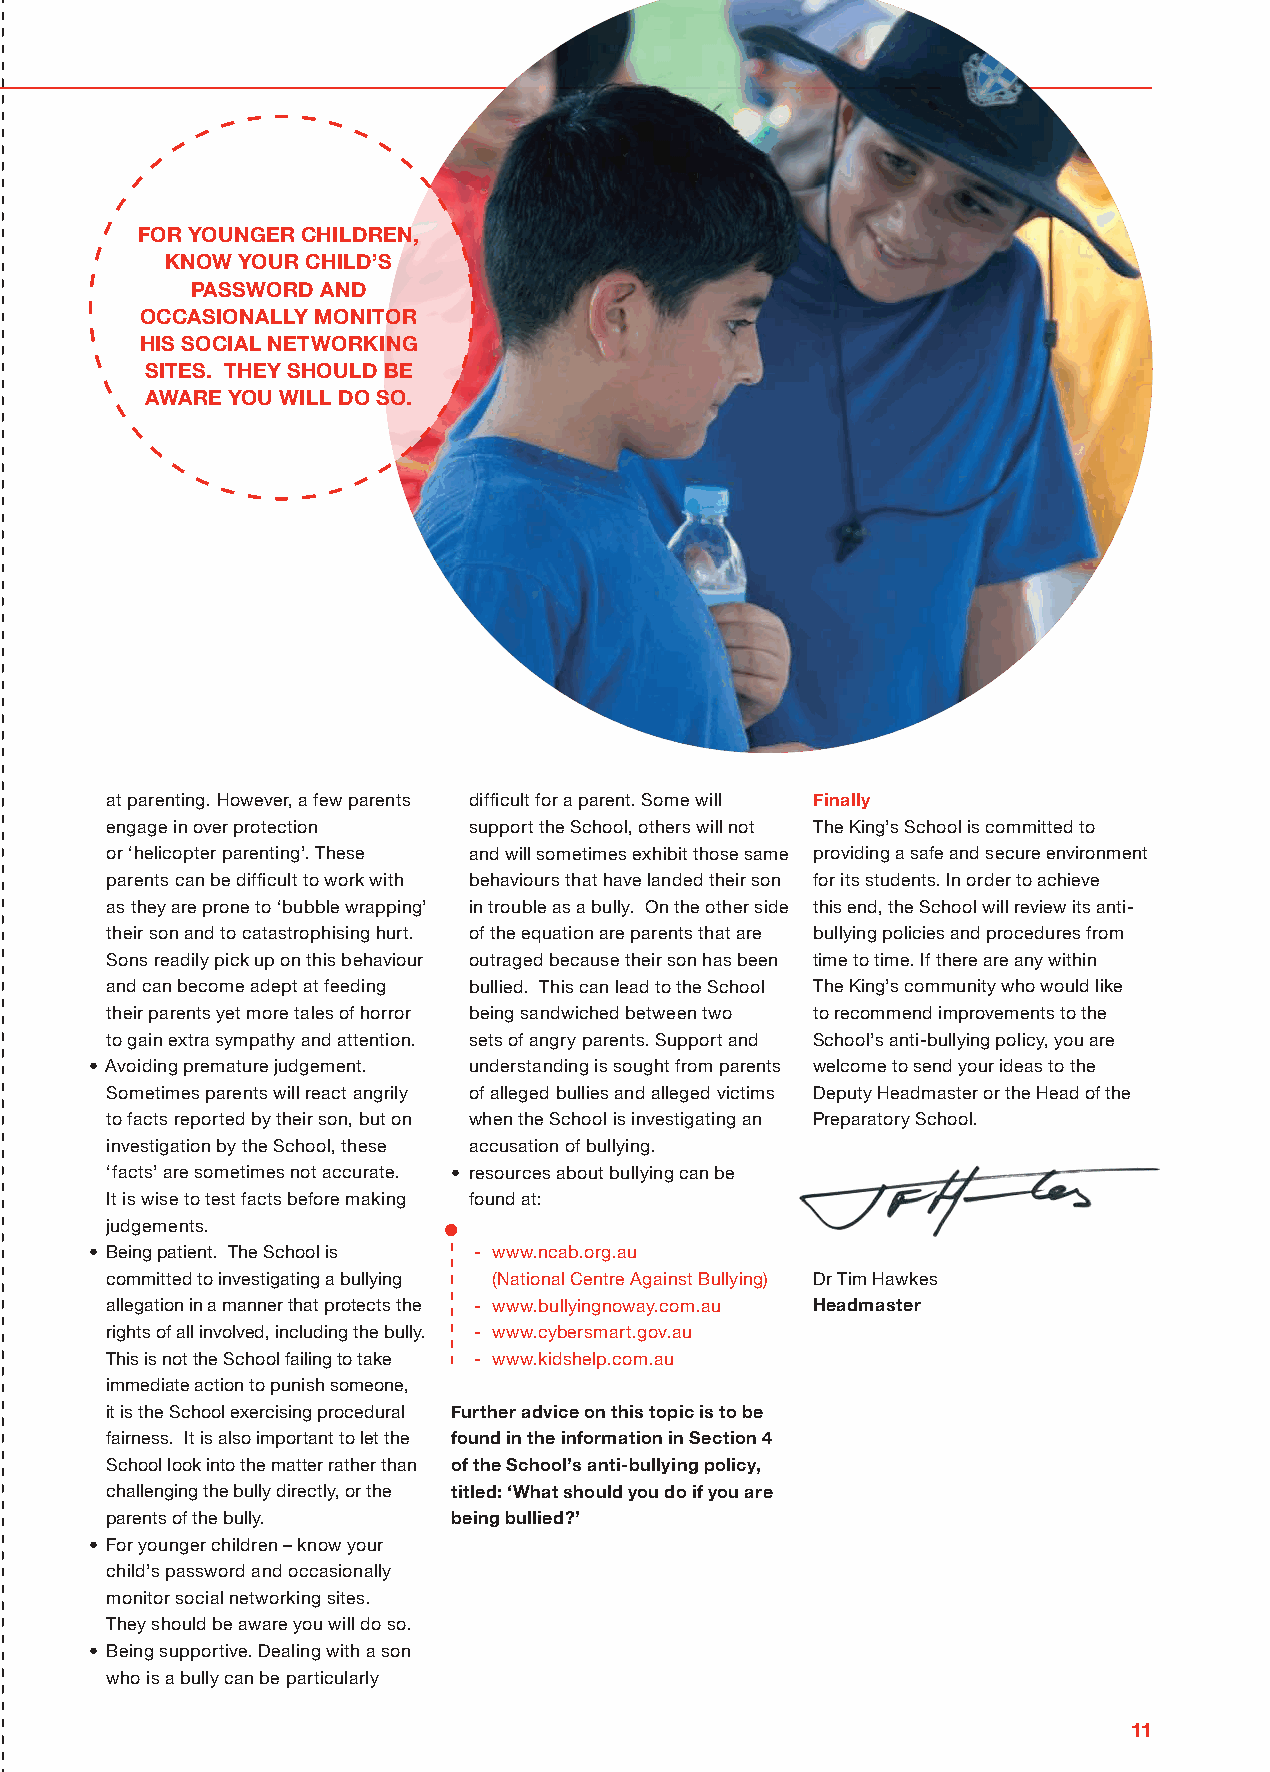
05
 for younGEr CHIlDrEn,
 KnoW your CHIlD’S
 PASSWorD AnD
 oCCASIonAlly monITor
 HIS SoCIAl nETWorKInG
 SITES. THEy SHoulD BE
 AWArE you WIll Do So.
 at parenting. However, a few parents difficult for a parent. Some will finally
 engage in over protection support the School, others will not The King’s School is committed to
 or ‘helicopter parenting’. These and will sometimes exhibit those same providing a safe and secure environment
 parents can be difficult to work with behaviours that have landed their son for its students. In order to achieve
 as they are prone to ‘bubble wrapping’ in trouble as a bully. On the other side this end, the School will review its anti-
 their son and to catastrophising hurt. of the equation are parents that are bullying policies and procedures from
 Sons readily pick up on this behaviour outraged because their son has been time to time. If there are any within
 and can become adept at feeding bullied. This can lead to the School The King’s community who would like
 their parents yet more tales of horror being sandwiched between two to recommend improvements to the
 to gain extra sympathy and attention. sets of angry parents. Support and School’s anti-bullying policy, you are
 • Avoiding premature judgement. understanding is sought from parents welcome to send your ideas to the
 Sometimes parents will react angrily of alleged bullies and alleged victims Deputy Headmaster or the Head of the
 to facts reported by their son, but on when the School is investigating an Preparatory School.
 investigation by the School, these accusation of bullying.
 ‘facts’ are sometimes not accurate. • resources about bullying can be
 It is wise to test facts before making found at:
 judgements.           •
 • Being patient. The School is - www.ncab.org.au
 committed to investigating a bullying (National Centre Against Bullying) Dr Tim Hawkes
 allegation in a manner that protects the - www.bullyingnoway.com.au Headmaster
 rights of all involved, including the bully. - www.cybersmart.gov.au
 This is not the School failing to take - www.kidshelp.com.au
 immediate action to punish someone,
 it is the School exercising procedural further advice on this topic is to be
 fairness. It is also important to let the found in the information in Section 4
 School look into the matter rather than of the School’s anti-bullying policy,
 challenging the bully directly, or the titled: ‘What should you do if you are
 parents of the bully.  being bullied?’
 • For younger children – know your
 child’s password and occasionally
 monitor social networking sites.
 They should be aware you will do so.
 • Being supportive. Dealing with a son
 who is a bully can be particularly
 11